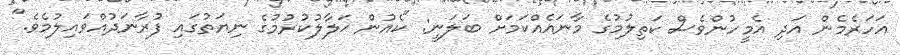
އަހަރެމެން އަދި އެމީހުންވެސް ކަތިލުމުގެ މާނައެއްކަމަށް ބަލަނީ: "ކެއުން ޙަލާލުކުރުމުގެ ނިޔަތުގައި ފުރާނަދުއްވައިލުމެވެ."